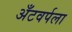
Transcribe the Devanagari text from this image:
अँटवर्पला